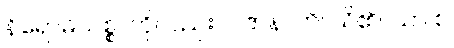
နိရောဓသစ္စာကိုလည်း။ ပဇာနာတိ၊ သိ၏။ ယာ စ